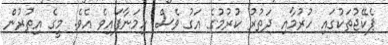
ޕެކޭޖުތަކުގައި ހުރުމާއި ދަތުރު ކުރުމުގެ އަގު ވެސް ހިމަނާފައިވެ އެވެ. މީގެ އިތުރުން